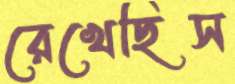
রেখেছিস